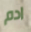
ادم